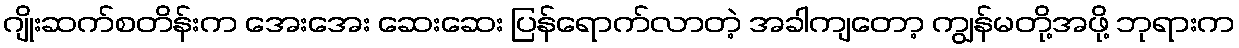
ဂျိုးဆက်စတိန်းက အေးအေး ဆေးဆေး ပြန်ရောက်လာတဲ့ အခါကျတော့ ကျွန်မတို့အဖို့ ဘုရားက